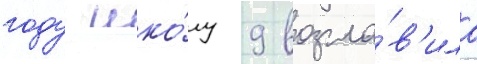
году шко́лу 9 возгла́в'ила